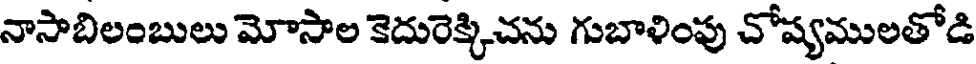
నాసాబిలంబులు మోసాల కెదురెక్కిచను గుబాళింపు చోష్యములతోడి